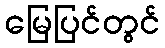
မြေပြင်တွင်